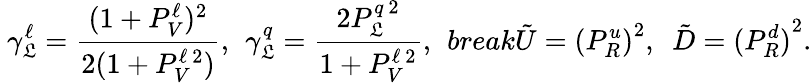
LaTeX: \ \gamma_{\mathfrak{L}}^{\ell}=\frac{{(1+P_{V}^{\ell})^{2}}}{{2(1+P_{V}^{\ell\ 2})}},\, \ \gamma_{\mathfrak{L}}^{q}=\frac{{2P_{\mathfrak{L}}^{q\ 2}}}{{1+P_{V}^{\ell\ 2}}},\ \, break\tilde{{U}}={(P_{R}^{u})}^{2},\ \ \tilde{{D}}={(P_{R}^{d})}^{2}.